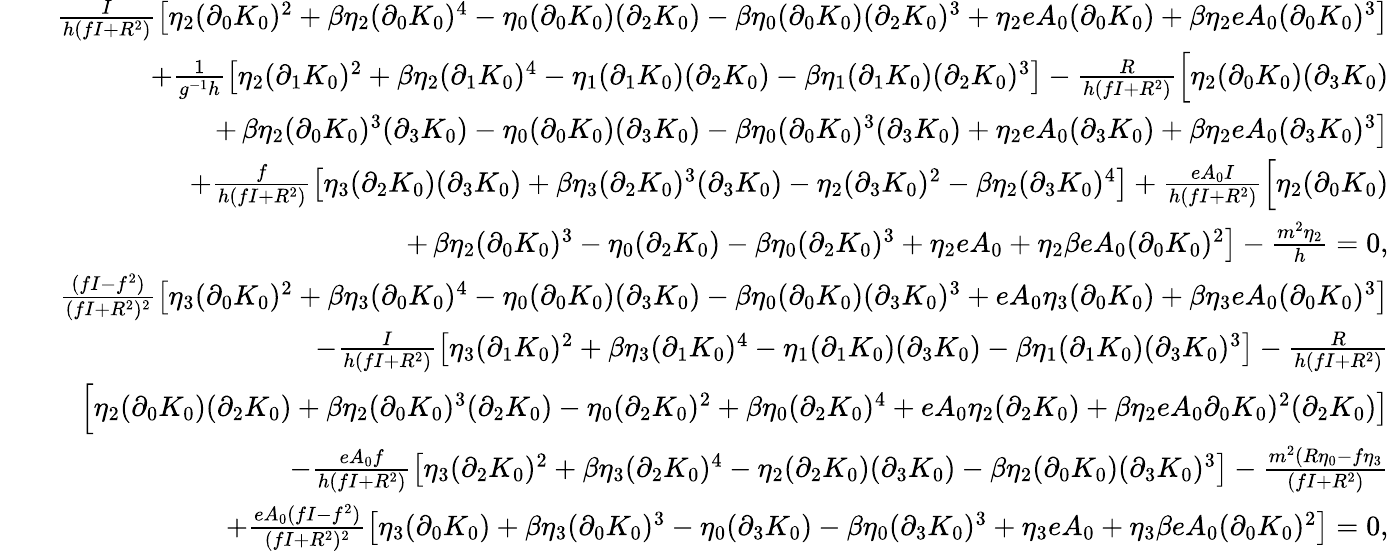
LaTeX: \begin{array}{rlr}&{}&{\frac{I}{h(fI+R^{2})}\left[\eta_{2}(\partial_{0}K_{0})^{2}+\beta\eta_{2}(\partial_{0}K_{0})^{4}-\eta_{0}(\partial_{0}K_{0})(\partial_{2}K_{0})-\beta\eta_{0}(\partial_{0}K_{0})(\partial_{2}K_{0})^{3}+\eta_{2}eA_{0}(\partial_{0}K_{0})+\beta\eta_{2}eA_{0}(\partial_{0}K_{0})^{3}\right]}\\ &{}&{+\frac{1}{g^{-1}h}\left[\eta_{2}(\partial_{1}K_{0})^{2}+\beta\eta_{2}(\partial_{1}K_{0})^{4}-\eta_{1}(\partial_{1}K_{0})(\partial_{2}K_{0})-\beta\eta_{1}(\partial_{1}K_{0})(\partial_{2}K_{0})^{3}\right]-\frac{R}{h(fI+R^{2})}\Big[\eta_{2}(\partial_{0}K_{0})(\partial_{3}K_{0})}\\ &{}&{+\left.\beta\eta_{2}(\partial_{0}K_{0})^{3}(\partial_{3}K_{0})-\eta_{0}(\partial_{0}K_{0})(\partial_{3}K_{0})-\beta\eta_{0}(\partial_{0}K_{0})^{3}(\partial_{3}K_{0})+\eta_{2}eA_{0}(\partial_{3}K_{0})+\beta\eta_{2}eA_{0}(\partial_{3}K_{0})^{3}\right]}\\ &{}&{+\frac{f}{h(fI+R^{2})}\left[\eta_{3}(\partial_{2}K_{0})(\partial_{3}K_{0})+\beta\eta_{3}(\partial_{2}K_{0})^{3}(\partial_{3}K_{0})-\eta_{2}(\partial_{3}K_{0})^{2}-\beta\eta_{2}(\partial_{3}K_{0})^{4}\right]+\frac{eA_{0}I}{h(fI+R^{2})}\Big[\eta_{2}(\partial_{0}K_{0})}\\ &{}&{+\left.\beta\eta_{2}(\partial_{0}K_{0})^{3}-\eta_{0}(\partial_{2}K_{0})-\beta\eta_{0}(\partial_{2}K_{0})^{3}+\eta_{2}eA_{0}+\eta_{2}\beta eA_{0}(\partial_{0}K_{0})^{2}\right]-\frac{m^{2}\eta_{2}}{h}=0,}\\ &{}&{\frac{(fI-f^{2})}{(fI+R^{2})^{2}}\left[\eta_{3}(\partial_{0}K_{0})^{2}+\beta\eta_{3}(\partial_{0}K_{0})^{4}-\eta_{0}(\partial_{0}K_{0})(\partial_{3}K_{0})-\beta\eta_{0}(\partial_{0}K_{0})(\partial_{3}K_{0})^{3}+{eA_{0}\eta_{3}}(\partial_{0}K_{0})+\beta\eta_{3}eA_{0}(\partial_{0}K_{0})^{3}\right]}\\ &{}&{-\frac{I}{h(fI+R^{2})}\left[\eta_{3}(\partial_{1}K_{0})^{2}+\beta\eta_{3}(\partial_{1}K_{0})^{4}-\eta_{1}(\partial_{1}K_{0})(\partial_{3}K_{0})-\beta\eta_{1}(\partial_{1}K_{0})(\partial_{3}K_{0})^{3}\right]-\frac{R}{h(fI+R^{2})}}\\ &{}&{\Big[\eta_{2}(\partial_{0}K_{0})(\partial_{2}K_{0})+\left.\beta\eta_{2}(\partial_{0}K_{0})^{3}(\partial_{2}K_{0})-\eta_{0}(\partial_{2}K_{0})^{2}+\beta\eta_{0}(\partial_{2}K_{0})^{4}+{eA_{0}\eta_{2}}(\partial_{2}K_{0})+\beta\eta_{2}eA_{0}\partial_{0}K_{0})^{2}(\partial_{2}K_{0})\right]}\\ &{}&{-\frac{eA_{0}f}{h(fI+R^{2})}\left[\eta_{3}(\partial_{2}K_{0})^{2}+\beta\eta_{3}(\partial_{2}K_{0})^{4}-\eta_{2}(\partial_{2}K_{0})(\partial_{3}K_{0})-\beta\eta_{2}(\partial_{0}K_{0})(\partial_{3}K_{0})^{3}\right]-\frac{m^{2}(R\eta_{0}-f\eta_{3}}{(fI+R^{2})}}\\ &{}&{+\frac{eA_{0}(fI-f^{2})}{(fI+R^{2})^{2}}\left[\eta_{3}(\partial_{0}K_{0})+\beta\eta_{3}(\partial_{0}K_{0})^{3}-\eta_{0}(\partial_{3}K_{0})-\beta\eta_{0}(\partial_{3}K_{0})^{3}+\eta_{3}eA_{0}+\eta_{3}\beta eA_{0}(\partial_{0}K_{0})^{2}\right]=0,}\end{array}